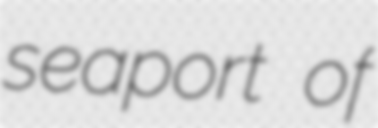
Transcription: seaport of